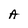
Character: A